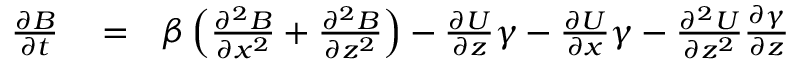
\begin{array} { r l r } { \frac { \partial B } { \partial t } } & { { } = } & { \beta \left( { \frac { \partial ^ { 2 } B } { \partial x ^ { 2 } } + \frac { \partial ^ { 2 } B } { \partial z ^ { 2 } } } \right) - \frac { \partial U } { \partial z } \gamma - \frac { \partial U } { \partial x } \gamma - \frac { \partial ^ { 2 } U } { \partial z ^ { 2 } } \frac { \partial \gamma } { \partial z } } \end{array}